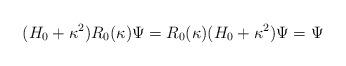
LaTeX: \begin{align*}(H_0+\kappa^2)R_0(\kappa)\Psi=R_0(\kappa)(H_0+\kappa^2)\Psi=\Psi\end{align*}